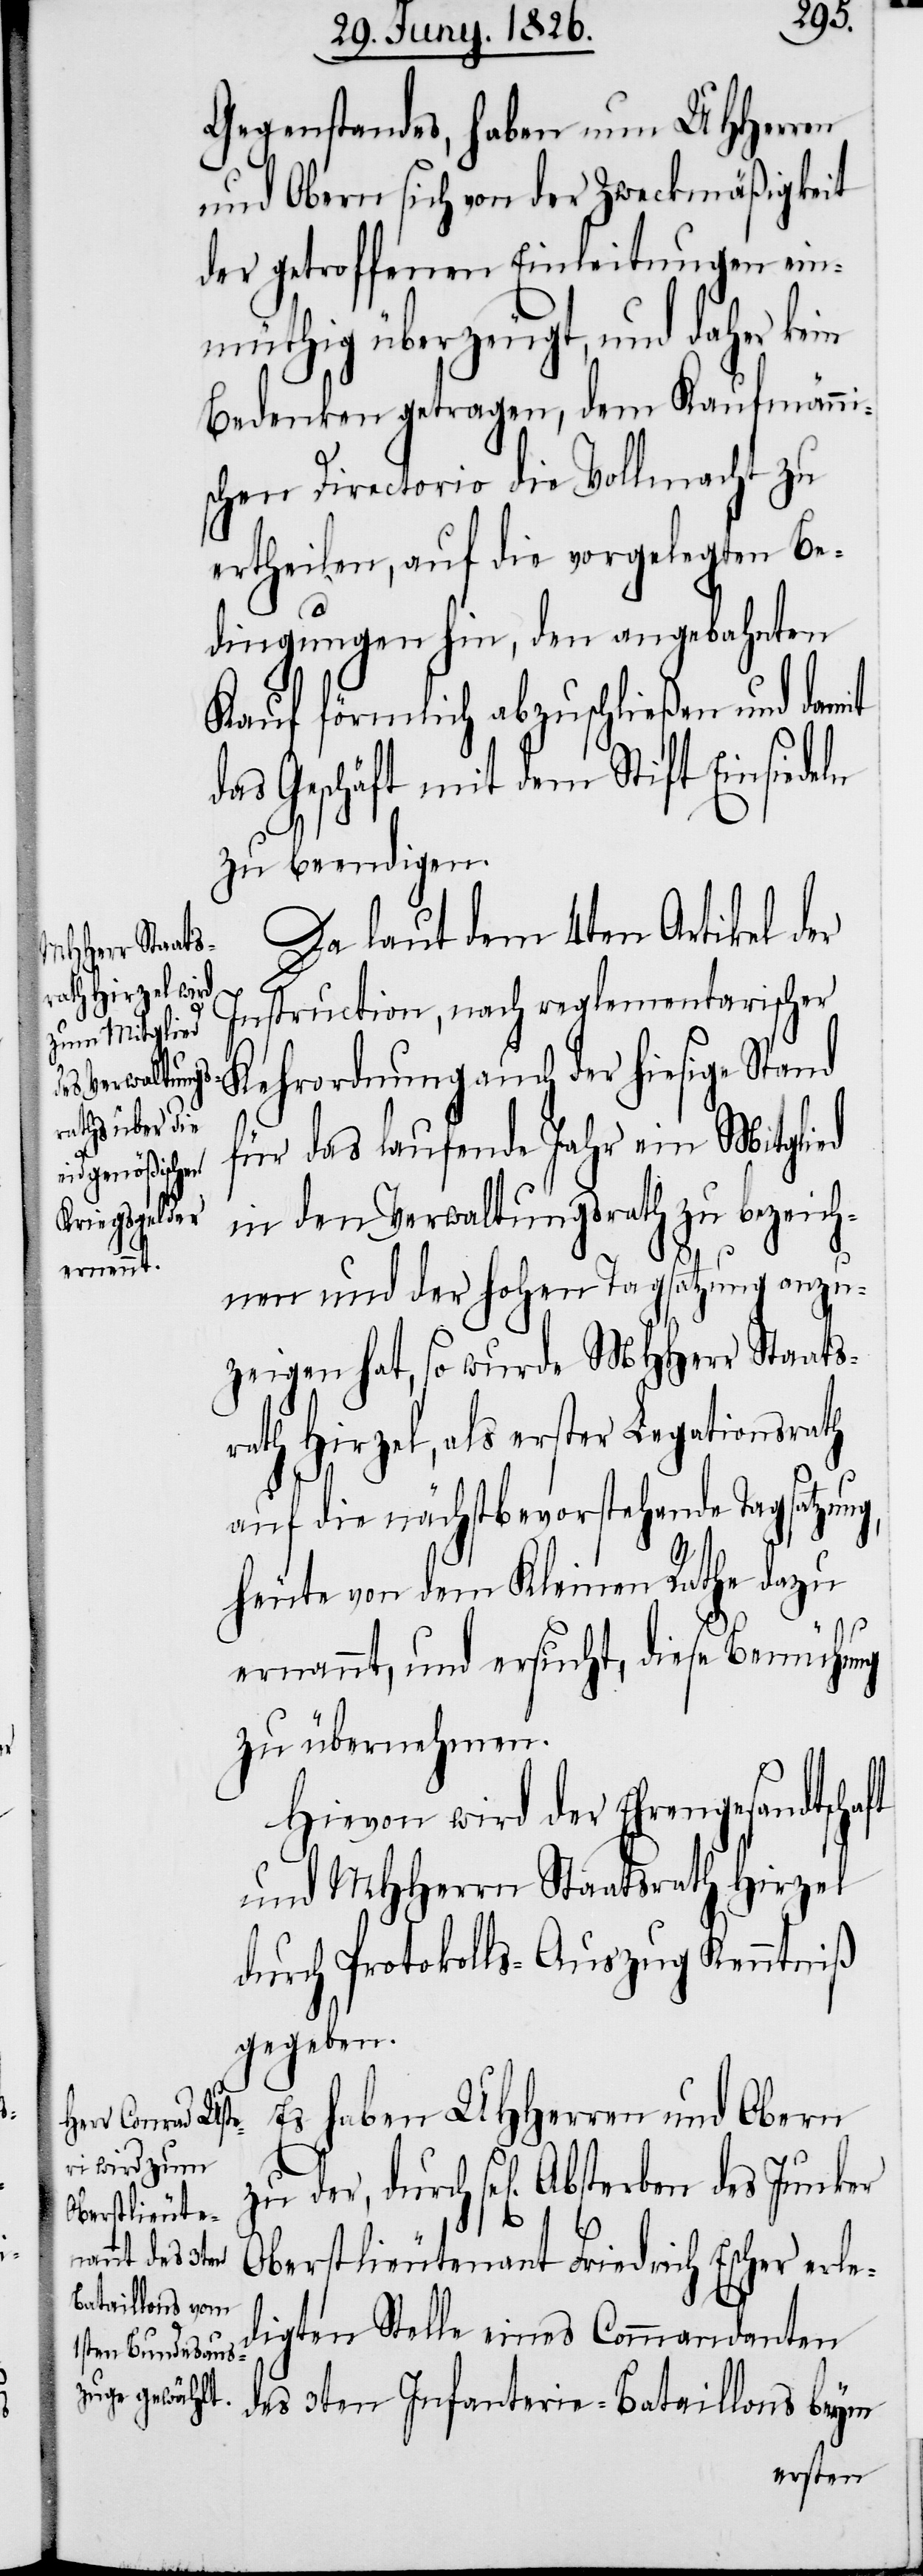
Gegenstandes, haben nun UHHerren
und Obern sich von der Zweckmäßigkeit
der getroffenen Einleitungen ein¬
müthig überzeugt, und daher kein
Bedenken getragen, dem Kaufmänni¬
schen Directorio die Vollmacht zu
ertheilen, auf die vorgelegten Be¬
dingungen hin, den angebahnten
Kauf förmlich abzuschließen und damit
das Geschäft mit dem Stift Einsiedeln
zu beendigen.
Da laut dem 4ten Artikel der
Absterben des
Instruction, nach reglementarischer
Kehrordnung auch der hiesige Stand
für das laufende Jahr ein Mitglied
in den Verwaltungsrath zu bezeich¬
nen und der hohen Tagsatzung anzu¬
zeigen hat, so wurde MHHerr Staats¬
rath Hirzel, als erster Legationsrath
auf die nächstbevorstehende Tagsatzung,
heute von dem Kleinen Rathe dazu
ernannt, und ersucht, diese Bemühung
zu übernehmen.
Hievon wird der Ehrengesandtschaft
und MHHerrn Staatsrath Hirzel
durch Protokolls-Auszug Kenntniß
gegeben.
Es haben UHHerren und Obern
Oberstlieutenant Friedrich Escher erle¬
digten Stelle eines Commandanten
des 3ten Infanterie-Bataillons beym